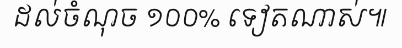
ដល់ចំណុច ១០០% ទៀតណាស់៕